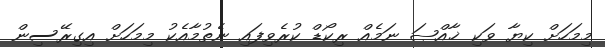
މިމަހަށް ކިޔާ ވަކި ޚާއްޞަ ނަމެއް ރިކޯޑް ކުރެވިފައި ނެތުމާއެކު މިމަަހަށް އިގިރޭސިން